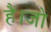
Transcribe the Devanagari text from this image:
हैं।जो